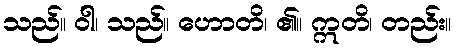
သည်။ ဝါ၊ သည်။ ဟောတိ၊ ၏။ ဣတိ၊ တည်း။